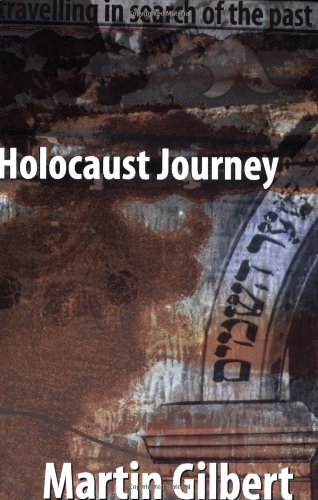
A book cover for Holocaust Journey; Martin Gilbert; Travel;